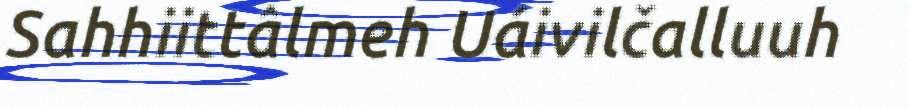
Sahhiittâlmeh Uáivilčalluuh